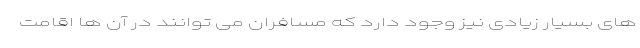
های بسیار زیادی نیز وجود دارد که مسافران می توانند در آن ها اقامت